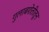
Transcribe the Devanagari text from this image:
गुलाबशेतीतून